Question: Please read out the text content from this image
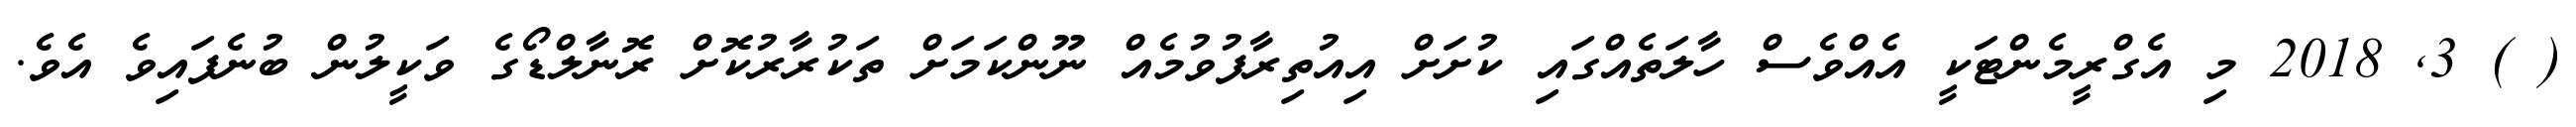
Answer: ( ) 3, 2018 މި އެގްރީމެންޓަކީ އެއްވެސް ހާލަތެއްގައި ކުށަށް އިއުތިރާފުވުމެއް ނޫންކަމަށް ތަކުރާރުކޮށް ރޮނާލްޑޯގެ ވަކީލުން ބުނެފައިވެ އެވެ.